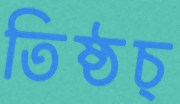
তিষ্ঠচ্